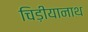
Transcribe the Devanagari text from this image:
चिड़ीयानाथ